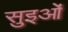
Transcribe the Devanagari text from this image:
सुइओं